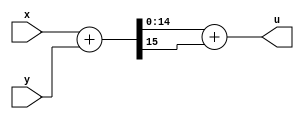
module ones_comp_adder(
    input wire [15:1] x,
    input wire [15:1] y,
    output wire [15:1] u
);

wire [16:1] sum;

assign sum = {1'b0, x} + {1'b0, y};
assign u = sum[15:1] + {14'b0, sum[16]};

endmodule